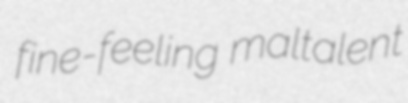
fine-feeling maltalent